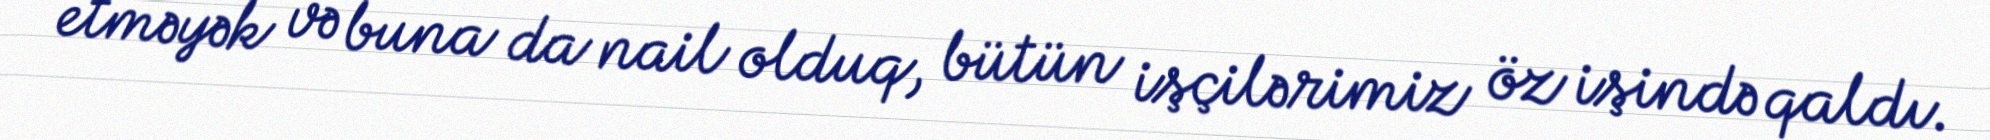
etməyək və buna da nail olduq, bütün işçilərimiz öz işində qaldı.